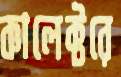
কালেক্টরে